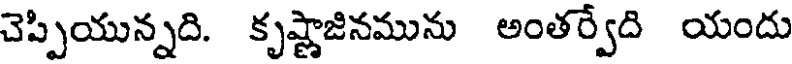
చెప్పియున్నది. కృష్ణాజినమును అంతర్వేది యందు